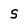
Character: s